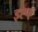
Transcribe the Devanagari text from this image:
इह्फ्